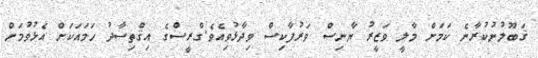
ޤަބޫލުނުކުރާނެ ކަމަށް މާލީ ވަޒީރު ޔާނިސް ވަރުފާކިސް ވިދާޅުވިއެވެ.ގްރީސްގެ އިޤްތިސާދު ހަމައަކަށް އެޅުވުމަށް